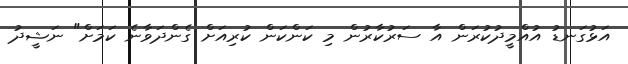
އަޅުގަނޑު އުއްމީދުކުރަން އާ ސަރުކާރުން މި ކަންކަން ކުރިއަށް ގެންދަވާނެ ކަމަށް" ނަޝީދު